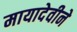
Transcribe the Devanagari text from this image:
मायादेवीने